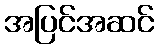
အပြင်အဆင်